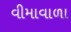
વીમાવાળા